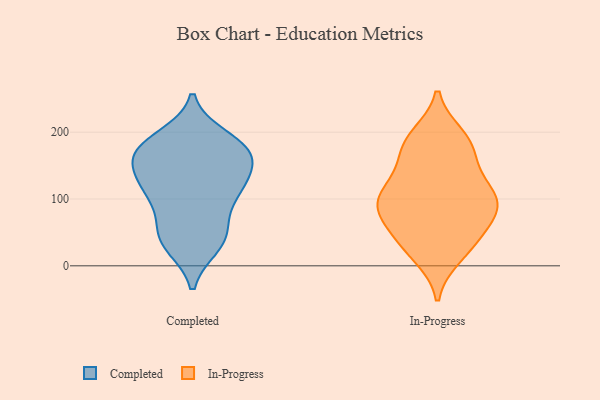
{"axis": {"x": "Customer Acquisition Cost (USD)", "y": "Value"}, "legend": ["Completed", "In-Progress"], "data": [{"x": "", "y": 59, "type": "Completed"}, {"x": "", "y": 30, "type": "Completed"}, {"x": "", "y": 98, "type": "Completed"}, {"x": "", "y": 165, "type": "Completed"}, {"x": "", "y": 185, "type": "Completed"}, {"x": "", "y": 42, "type": "Completed"}, {"x": "", "y": 178, "type": "Completed"}, {"x": "", "y": 130, "type": "Completed"}, {"x": "", "y": 151, "type": "Completed"}, {"x": "", "y": 173, "type": "Completed"}, {"x": "", "y": 114, "type": "Completed"}, {"x": "", "y": 167, "type": "Completed"}, {"x": "", "y": 50, "type": "Completed"}, {"x": "", "y": 109, "type": "Completed"}, {"x": "", "y": 132, "type": "Completed"}, {"x": "", "y": 111, "type": "Completed"}, {"x": "", "y": 192, "type": "Completed"}, {"x": "", "y": 167, "type": "Completed"}, {"x": "", "y": 31, "type": "Completed"}, {"x": "", "y": 105, "type": "In-Progress"}, {"x": "", "y": 87, "type": "In-Progress"}, {"x": "", "y": 88, "type": "In-Progress"}, {"x": "", "y": 90, "type": "In-Progress"}, {"x": "", "y": 140, "type": "In-Progress"}, {"x": "", "y": 191, "type": "In-Progress"}, {"x": "", "y": 59, "type": "In-Progress"}, {"x": "", "y": 49, "type": "In-Progress"}, {"x": "", "y": 30, "type": "In-Progress"}, {"x": "", "y": 14, "type": "In-Progress"}, {"x": "", "y": 170, "type": "In-Progress"}, {"x": "", "y": 60, "type": "In-Progress"}, {"x": "", "y": 163, "type": "In-Progress"}, {"x": "", "y": 98, "type": "In-Progress"}, {"x": "", "y": 106, "type": "In-Progress"}, {"x": "", "y": 187, "type": "In-Progress"}, {"x": "", "y": 21, "type": "In-Progress"}, {"x": "", "y": 127, "type": "In-Progress"}, {"x": "", "y": 97, "type": "In-Progress"}, {"x": "", "y": 195, "type": "In-Progress"}]}